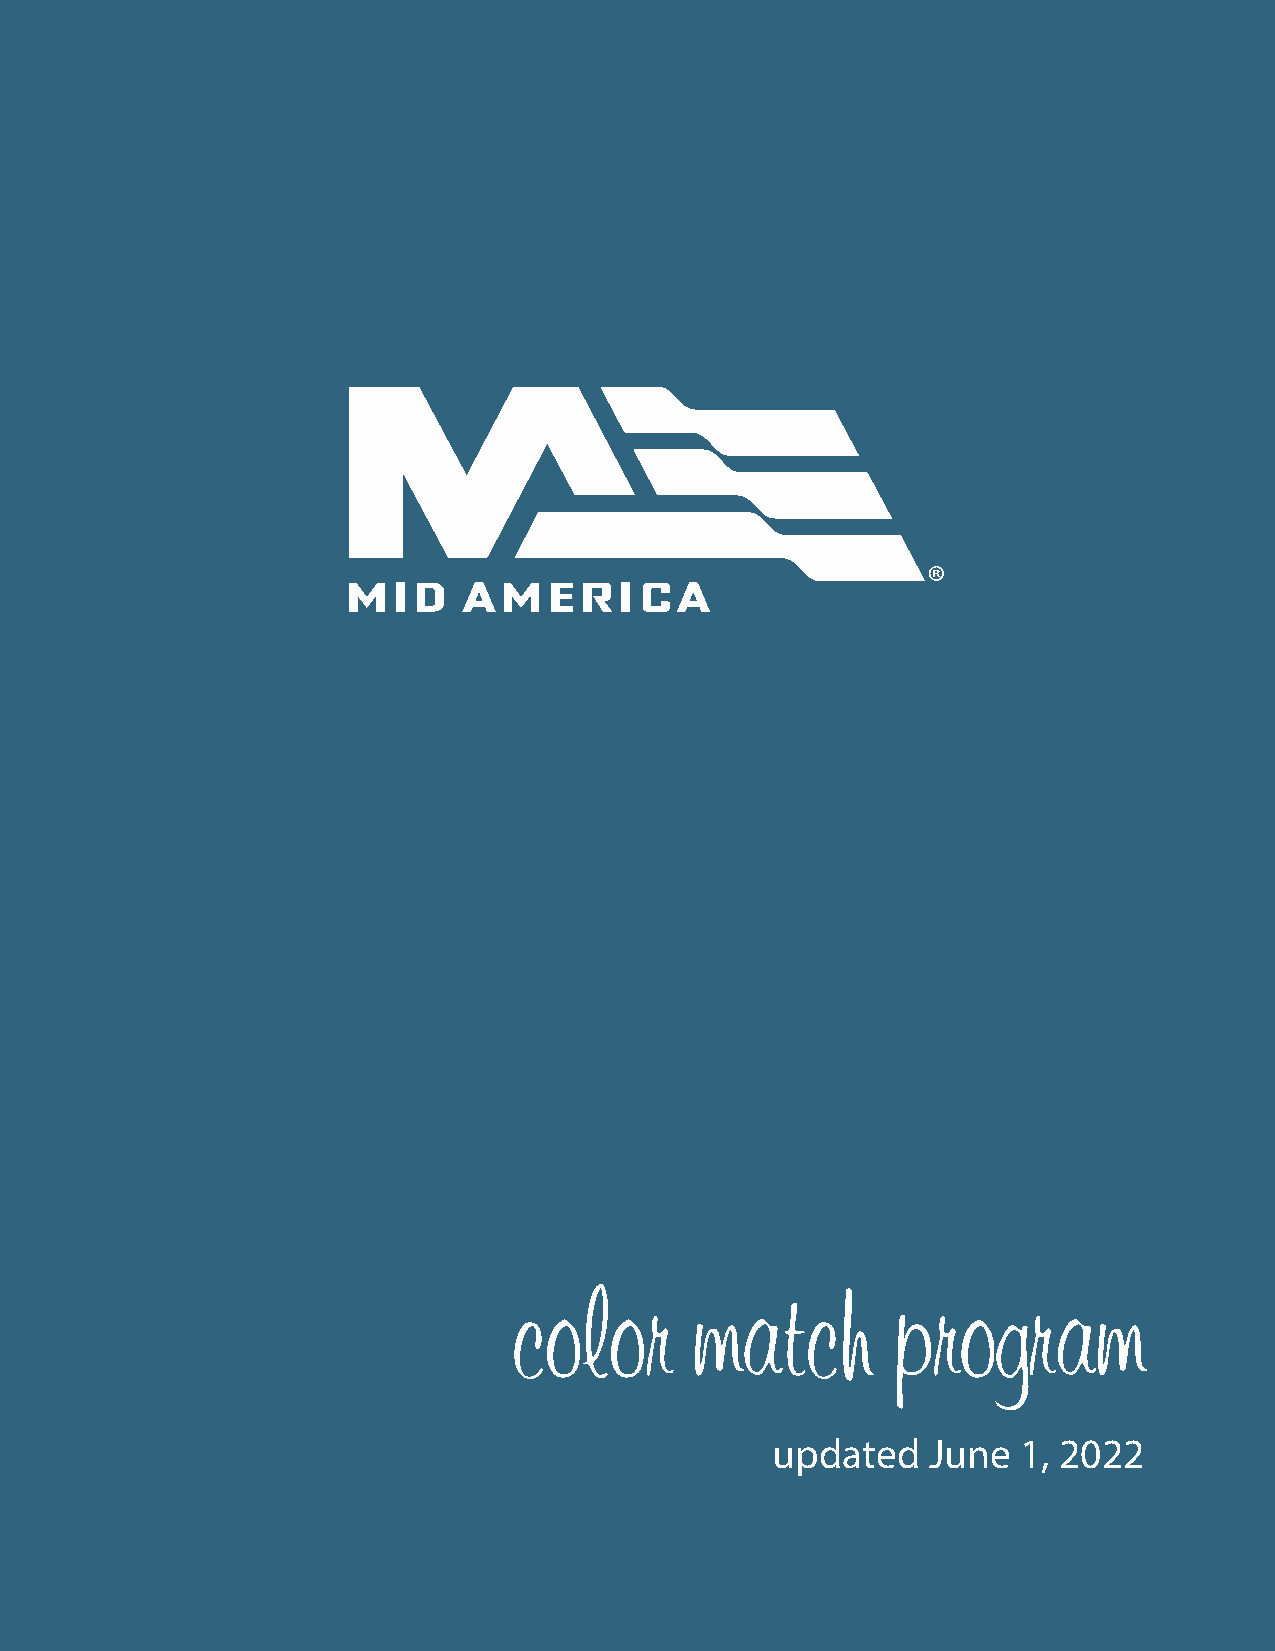
color       match        program
 updated    June  1, 2022